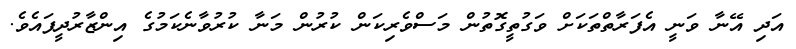
އަދި އޭނާ ވަނީ އެފަރާތްތަކަށް ވަގުތީގޮތުން މަސްވެރިކަން ކުރުން މަނާ ކުރުވާނެކަމުގެ އިންޒާރުދީފައެވެ.